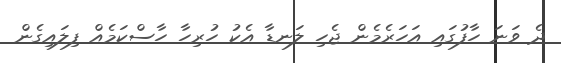
ދެ ވަނަ ހާފުގައި އަހަރެމެން ޖެހި ލަނޑާ އެކު ހުރިހާ ހާސްކަމެއް ފިލައިގެން